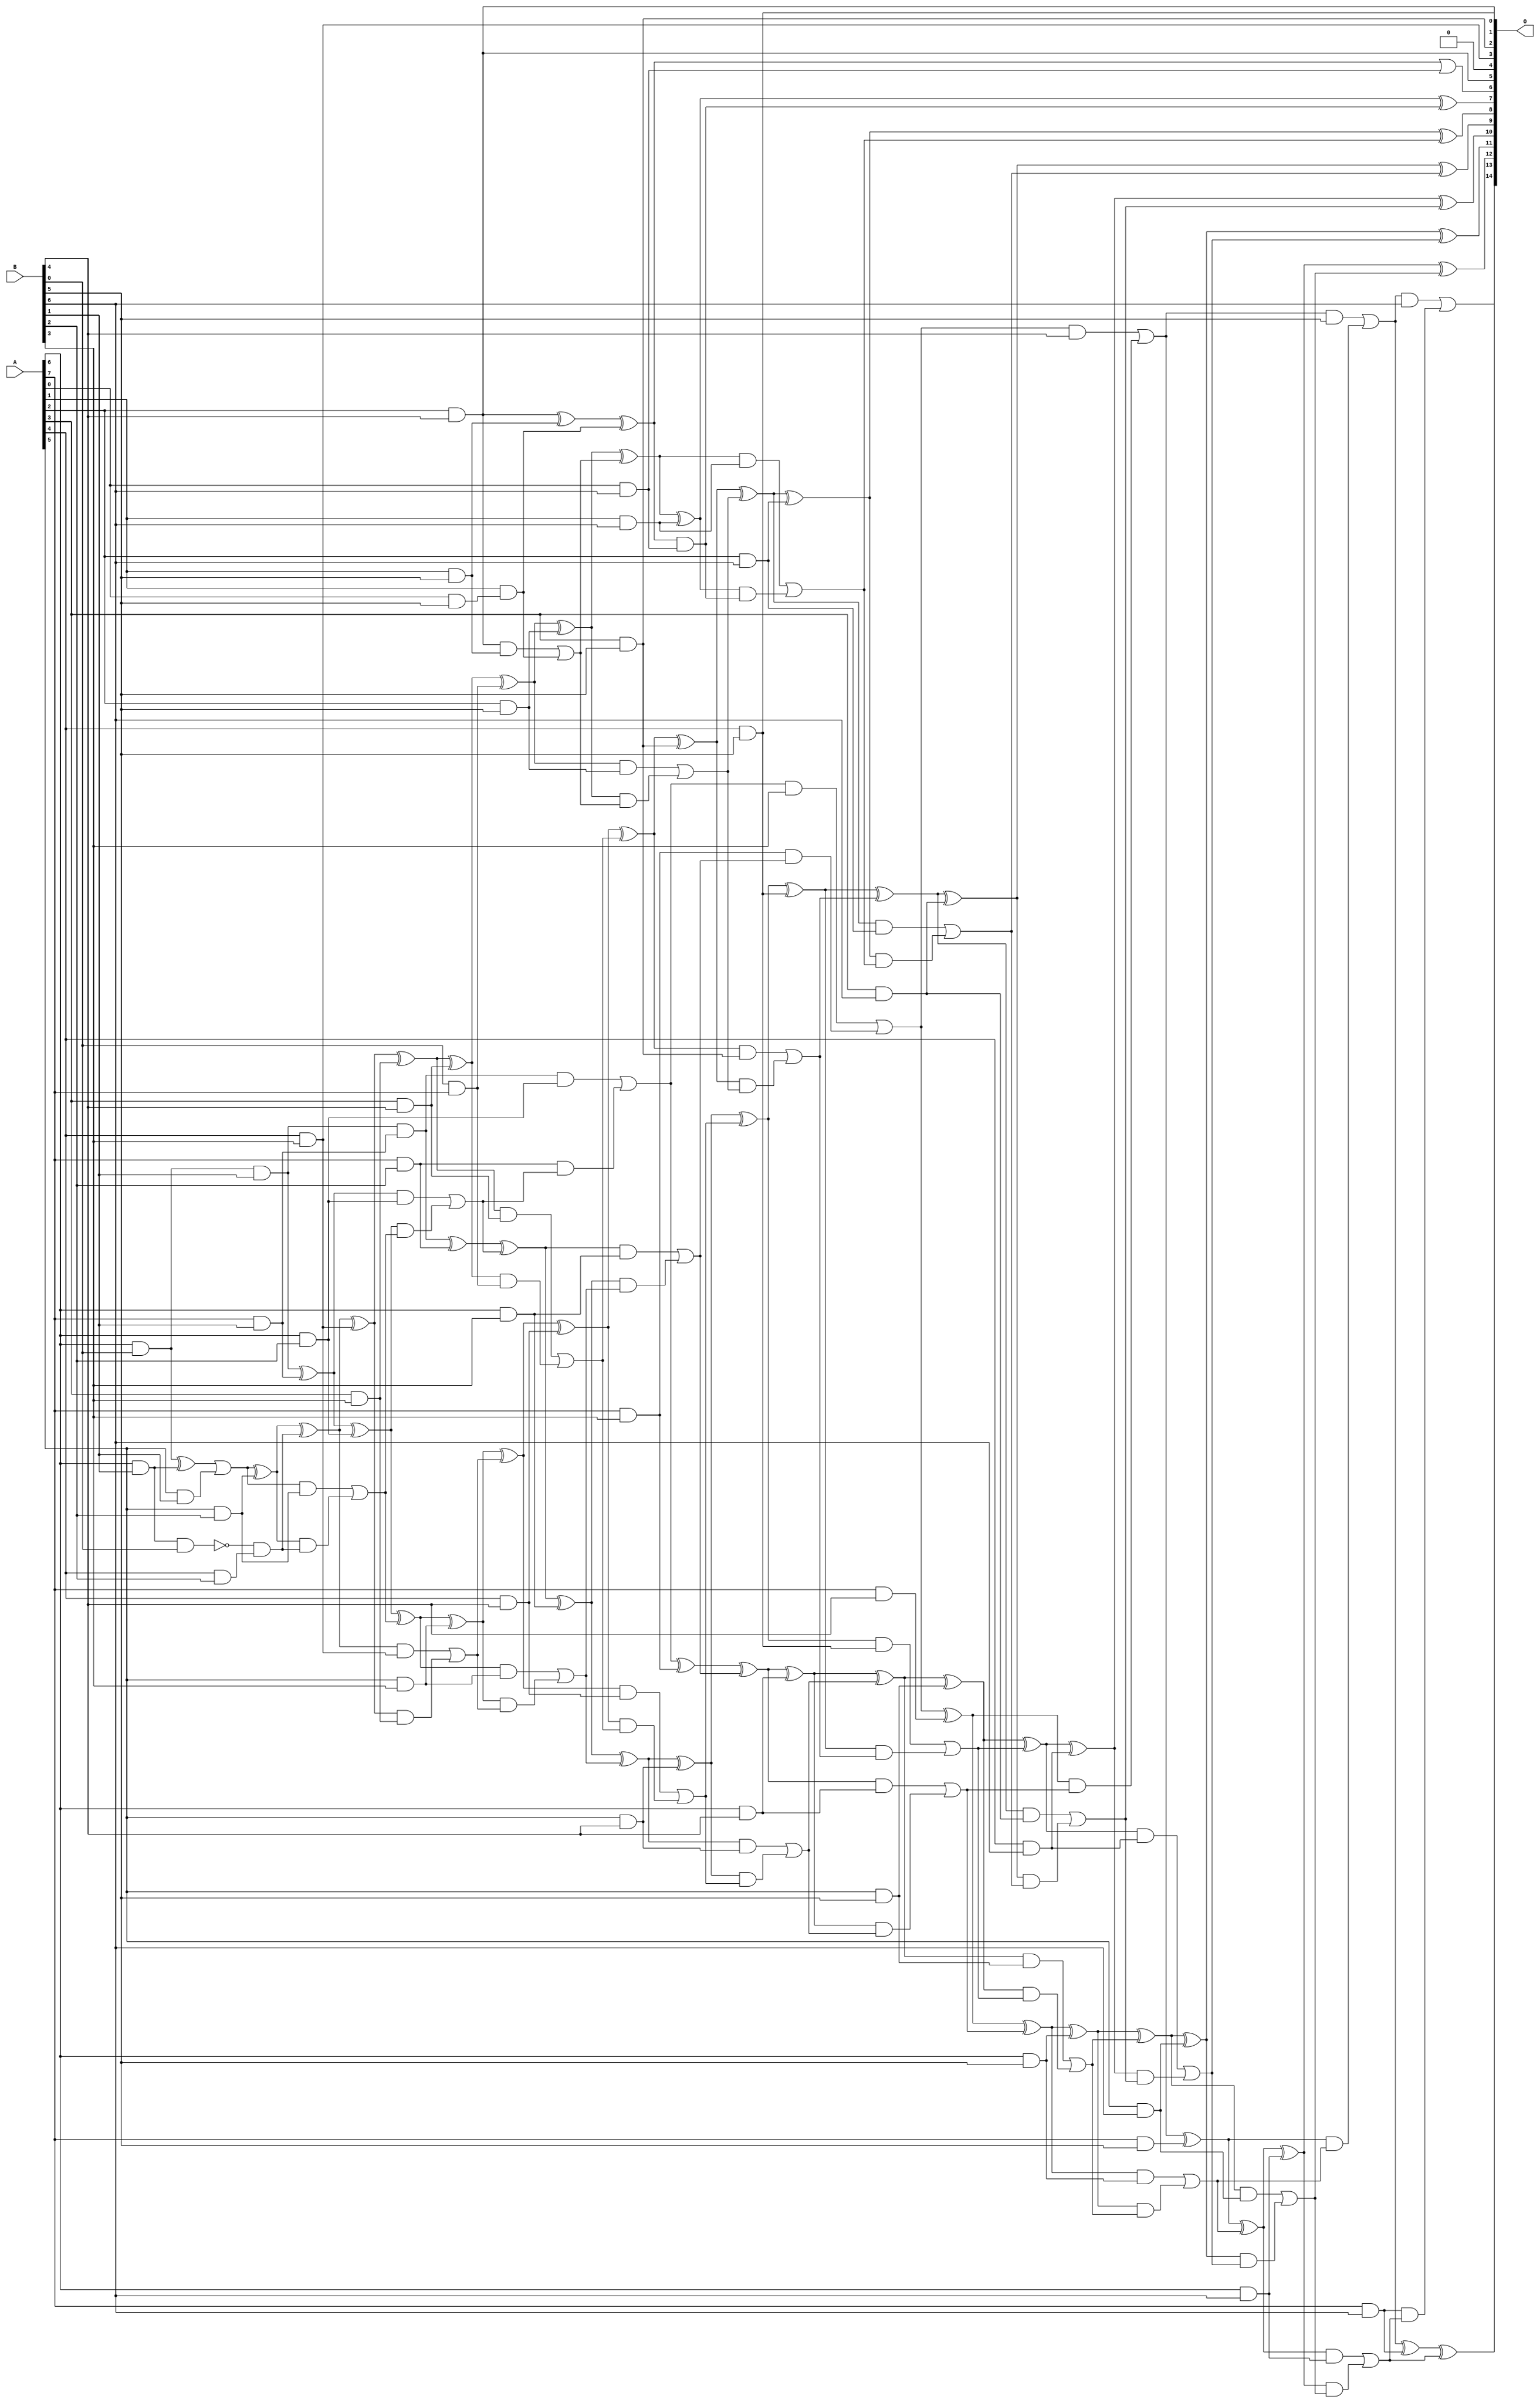
// This program was cloned from: https://github.com/ehw-fit/evoapproxlib
// License: MIT License

/***
* This code is a part of EvoApproxLib library (ehw.fit.vutbr.cz/approxlib) distributed under The MIT License.
* When used, please cite the following article(s): V. Mrazek, L. Sekanina, Z. Vasicek "Libraries of Approximate Circuits: Automated Design and Application in CNN Accelerators" IEEE Journal on Emerging and Selected Topics in Circuits and Systems, Vol 10, No 4, 2020 
* This file contains a circuit from a sub-set of pareto optimal circuits with respect to the pwr and mae parameters
***/
// MAE% = 0.13 %
// MAE = 43 
// WCE% = 0.54 %
// WCE = 178 
// WCRE% = 100.00 %
// EP% = 96.12 %
// MRE% = 3.19 %
// MSE = 2949 
// PDK45_PWR = 0.203 mW
// PDK45_AREA = 393.3 um2
// PDK45_DELAY = 1.39 ns

module mul8x7u_60Y (
    A,
    B,
    O
);

input [7:0] A;
input [6:0] B;
output [14:0] O;

wire sig_21,sig_28,sig_29,sig_30,sig_56,sig_58,sig_59,sig_61,sig_63,sig_64,sig_69,sig_70,sig_71,sig_72,sig_91,sig_95,sig_96,sig_97,sig_98,sig_99;
wire sig_100,sig_101,sig_102,sig_103,sig_104,sig_105,sig_106,sig_107,sig_108,sig_109,sig_113,sig_114,sig_115,sig_116,sig_117,sig_135,sig_136,sig_137,sig_138,sig_139;
wire sig_140,sig_141,sig_142,sig_143,sig_144,sig_145,sig_146,sig_147,sig_148,sig_149,sig_150,sig_151,sig_152,sig_153,sig_154,sig_157,sig_158,sig_159,sig_160,sig_161;
wire sig_162,sig_171,sig_175,sig_176,sig_177,sig_178,sig_179,sig_180,sig_181,sig_182,sig_183,sig_184,sig_185,sig_186,sig_187,sig_188,sig_189,sig_190,sig_191,sig_192;
wire sig_193,sig_194,sig_195,sig_196,sig_197,sig_198,sig_199,sig_200,sig_201,sig_202,sig_203,sig_204,sig_205,sig_206,sig_207,sig_208,sig_210,sig_211,sig_213,sig_214;
wire sig_215,sig_216,sig_217,sig_218,sig_219,sig_220,sig_221,sig_222,sig_223,sig_224,sig_225,sig_226,sig_227,sig_228,sig_229,sig_230,sig_231,sig_232,sig_233,sig_234;
wire sig_235,sig_236,sig_237,sig_238,sig_239,sig_240,sig_241,sig_242,sig_243,sig_244,sig_245,sig_246,sig_247,sig_248,sig_249,sig_250,sig_251,sig_252,sig_253,sig_254;
wire sig_255,sig_256,sig_257,sig_258,sig_259,sig_260,sig_261,sig_262,sig_263,sig_264,sig_265,sig_266,sig_267,sig_268,sig_269,sig_270,sig_271,sig_272,sig_273,sig_274;
wire sig_275,sig_276,sig_277,sig_278,sig_279,sig_280,sig_281,sig_282,sig_283,sig_284,sig_285,sig_286,sig_287,sig_288,sig_289;

assign sig_21 = A[6] & B[0];
assign sig_28 = A[5] & B[1];
assign sig_29 = A[6] & B[1];
assign sig_30 = A[7] & B[1];
assign sig_56 = ~(sig_29 & B[0]);
assign sig_58 = sig_21 ^ sig_29;
assign sig_59 = sig_21 & B[1];
assign sig_61 = sig_58 | sig_28;
assign sig_63 = sig_59 & sig_30;
assign sig_64 = sig_59 ^ sig_30;
assign sig_69 = A[4] & B[2];
assign sig_70 = A[5] & B[2];
assign sig_71 = A[6] & B[2];
assign sig_72 = A[7] & B[2];
assign sig_91 = sig_56 & sig_69;
assign sig_95 = sig_61 ^ sig_70;
assign sig_96 = sig_61 & sig_70;
assign sig_97 = sig_95 & sig_91;
assign sig_98 = sig_95 ^ sig_91;
assign sig_99 = sig_96 | sig_97;
assign sig_100 = sig_64 ^ sig_71;
assign sig_101 = sig_64 & sig_71;
assign sig_102 = sig_100 & sig_99;
assign sig_103 = sig_100 ^ sig_99;
assign sig_104 = sig_101 | sig_102;
assign sig_105 = sig_63 ^ sig_72;
assign sig_106 = sig_63 & sig_71;
assign sig_107 = sig_72 & sig_104;
assign sig_108 = sig_105 ^ sig_104;
assign sig_109 = sig_106 | sig_107;
assign sig_113 = A[3] & B[3];
assign sig_114 = A[4] & B[3];
assign sig_115 = A[5] & B[3];
assign sig_116 = A[6] & B[3];
assign sig_117 = A[7] & B[3];
assign sig_135 = sig_98 ^ sig_114;
assign sig_136 = sig_98 & sig_114;
assign sig_137 = sig_135 & sig_113;
assign sig_138 = sig_135 ^ sig_113;
assign sig_139 = sig_136 | sig_137;
assign sig_140 = sig_103 ^ sig_115;
assign sig_141 = sig_103 & sig_115;
assign sig_142 = sig_140 & sig_139;
assign sig_143 = sig_140 ^ sig_139;
assign sig_144 = sig_141 | sig_142;
assign sig_145 = sig_108 ^ sig_116;
assign sig_146 = sig_108 & sig_116;
assign sig_147 = sig_145 & sig_144;
assign sig_148 = sig_145 ^ sig_144;
assign sig_149 = sig_146 | sig_147;
assign sig_150 = sig_109 ^ sig_117;
assign sig_151 = sig_109 & B[3];
assign sig_152 = sig_117 & sig_149;
assign sig_153 = sig_150 ^ sig_149;
assign sig_154 = sig_151 | sig_152;
assign sig_157 = A[2] & B[4];
assign sig_158 = A[3] & B[4];
assign sig_159 = A[4] & B[4];
assign sig_160 = A[5] & B[4];
assign sig_161 = A[6] & B[4];
assign sig_162 = A[7] & B[4];
assign sig_171 = B[0] & A[7];
assign sig_175 = sig_138 ^ sig_158;
assign sig_176 = sig_138 & sig_158;
assign sig_177 = sig_175 & sig_171;
assign sig_178 = sig_175 ^ sig_171;
assign sig_179 = sig_176 | sig_177;
assign sig_180 = sig_143 ^ sig_159;
assign sig_181 = sig_143 & sig_159;
assign sig_182 = sig_180 & sig_179;
assign sig_183 = sig_180 ^ sig_179;
assign sig_184 = sig_181 | sig_182;
assign sig_185 = sig_148 ^ sig_160;
assign sig_186 = sig_148 & sig_160;
assign sig_187 = sig_185 & sig_184;
assign sig_188 = sig_185 ^ sig_184;
assign sig_189 = sig_186 | sig_187;
assign sig_190 = sig_153 ^ sig_161;
assign sig_191 = sig_153 & sig_161;
assign sig_192 = sig_190 & sig_189;
assign sig_193 = sig_190 ^ sig_189;
assign sig_194 = sig_191 | sig_192;
assign sig_195 = sig_154 ^ sig_162;
assign sig_196 = sig_154 & B[4];
assign sig_197 = sig_195 & sig_194;
assign sig_198 = sig_195 ^ sig_194;
assign sig_199 = sig_196 | sig_197;
assign sig_200 = A[0] & B[5];
assign sig_201 = A[1] & B[5];
assign sig_202 = A[2] & B[5];
assign sig_203 = A[3] & B[5];
assign sig_204 = A[4] & B[5];
assign sig_205 = A[5] & B[5];
assign sig_206 = A[6] & B[5];
assign sig_207 = A[7] & B[5];
assign sig_208 = A[1] & sig_200;
assign sig_210 = sig_157 ^ sig_201;
assign sig_211 = sig_157 & sig_201;
assign sig_213 = sig_210 ^ sig_208;
assign sig_214 = sig_211 | sig_208;
assign sig_215 = sig_178 ^ sig_202;
assign sig_216 = sig_178 & sig_202;
assign sig_217 = sig_215 & sig_214;
assign sig_218 = sig_215 ^ sig_214;
assign sig_219 = sig_216 | sig_217;
assign sig_220 = sig_183 ^ sig_203;
assign sig_221 = sig_183 & sig_203;
assign sig_222 = sig_220 & sig_219;
assign sig_223 = sig_220 ^ sig_219;
assign sig_224 = sig_221 | sig_222;
assign sig_225 = sig_188 ^ sig_204;
assign sig_226 = sig_188 & sig_204;
assign sig_227 = sig_225 & sig_224;
assign sig_228 = sig_225 ^ sig_224;
assign sig_229 = sig_226 | sig_227;
assign sig_230 = sig_193 ^ sig_205;
assign sig_231 = sig_193 & sig_205;
assign sig_232 = sig_230 & sig_229;
assign sig_233 = sig_230 ^ sig_229;
assign sig_234 = sig_231 | sig_232;
assign sig_235 = sig_198 ^ sig_206;
assign sig_236 = sig_198 & sig_206;
assign sig_237 = sig_235 & sig_234;
assign sig_238 = sig_235 ^ sig_234;
assign sig_239 = sig_236 | sig_237;
assign sig_240 = sig_199 ^ sig_207;
assign sig_241 = sig_199 & B[5];
assign sig_242 = sig_240 & sig_239;
assign sig_243 = sig_240 ^ sig_239;
assign sig_244 = sig_241 | sig_242;
assign sig_245 = A[0] & B[6];
assign sig_246 = A[1] & B[6];
assign sig_247 = A[2] & B[6];
assign sig_248 = A[3] & B[6];
assign sig_249 = A[4] & B[6];
assign sig_250 = A[5] & B[6];
assign sig_251 = A[6] & B[6];
assign sig_252 = A[7] & B[6];
assign sig_253 = sig_213 & sig_245;
assign sig_254 = sig_213 | sig_245;
assign sig_255 = sig_218 ^ sig_246;
assign sig_256 = sig_218 & sig_246;
assign sig_257 = sig_255 & sig_253;
assign sig_258 = sig_255 ^ sig_253;
assign sig_259 = sig_256 | sig_257;
assign sig_260 = sig_223 ^ sig_247;
assign sig_261 = sig_223 & sig_247;
assign sig_262 = sig_260 & sig_259;
assign sig_263 = sig_260 ^ sig_259;
assign sig_264 = sig_261 | sig_262;
assign sig_265 = sig_228 ^ sig_248;
assign sig_266 = sig_228 & sig_248;
assign sig_267 = sig_265 & sig_264;
assign sig_268 = sig_265 ^ sig_264;
assign sig_269 = sig_266 | sig_267;
assign sig_270 = sig_233 ^ sig_249;
assign sig_271 = sig_233 & sig_249;
assign sig_272 = sig_270 & sig_269;
assign sig_273 = sig_270 ^ sig_269;
assign sig_274 = sig_271 | sig_272;
assign sig_275 = sig_238 ^ sig_250;
assign sig_276 = sig_238 & sig_250;
assign sig_277 = sig_275 & sig_274;
assign sig_278 = sig_275 ^ sig_274;
assign sig_279 = sig_276 | sig_277;
assign sig_280 = sig_243 ^ sig_251;
assign sig_281 = sig_243 & sig_251;
assign sig_282 = sig_280 & sig_279;
assign sig_283 = sig_280 ^ sig_279;
assign sig_284 = sig_281 | sig_282;
assign sig_285 = sig_244 ^ sig_252;
assign sig_286 = sig_244 & B[6];
assign sig_287 = sig_252 & sig_284;
assign sig_288 = sig_285 ^ sig_284;
assign sig_289 = sig_286 | sig_287;

assign O[14] = sig_289;
assign O[13] = sig_288;
assign O[12] = sig_283;
assign O[11] = sig_278;
assign O[10] = sig_273;
assign O[9] = sig_268;
assign O[8] = sig_263;
assign O[7] = sig_258;
assign O[6] = sig_254;
assign O[5] = sig_157;
assign O[4] = 1'b0;
assign O[3] = sig_114;
assign O[2] = sig_203;
assign O[1] = sig_157;
assign O[0] = sig_204;

endmodule